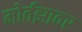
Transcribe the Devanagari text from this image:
मोर्तझावर